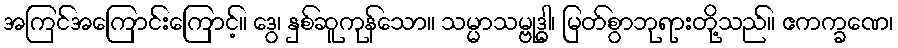
အကြင်အကြောင်းကြောင့်။ ဒွေ၊ နှစ်ဆူကုန်သော။ သမ္မာသမ္ဗုဒ္ဓါ၊ မြတ်စွာဘုရားတို့သည်။ ဧကက္ခဏေ၊